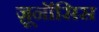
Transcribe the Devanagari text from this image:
ज़ूनॉसिस